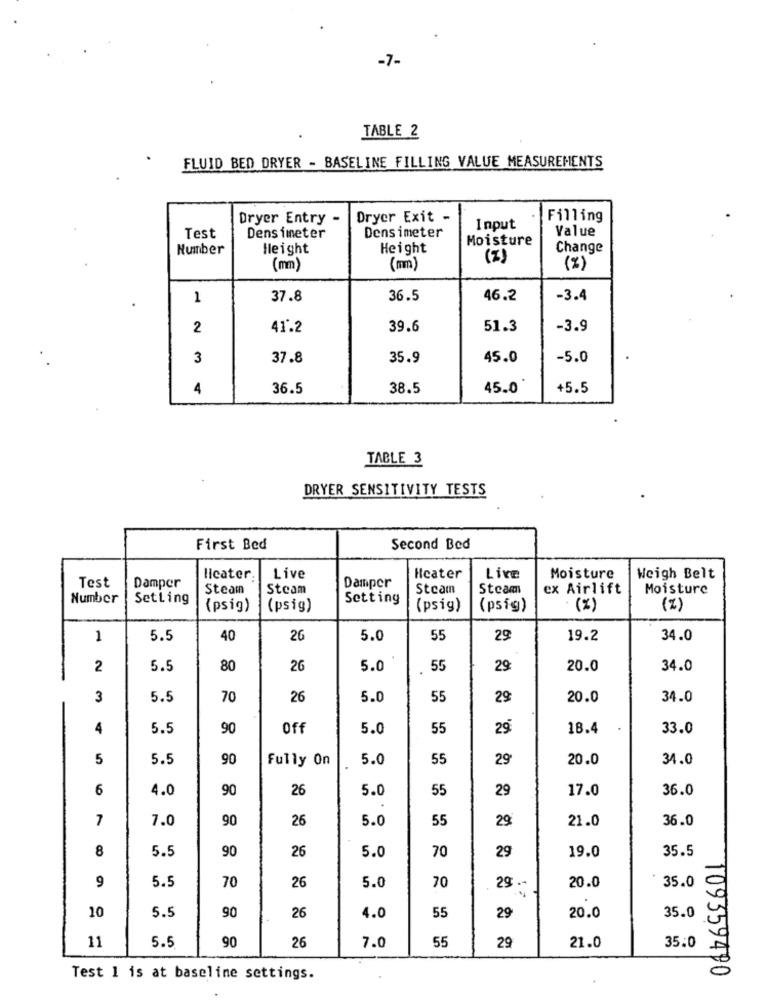
-7-
TABLE 2
FLUID BED DRYER - BASELINE FILLING VALUE MEASUREMENTS
Dryer Entry
Dryer Exit -
Filling
Densimeter
Input
Value
Test
Densimeter
Moisture
Number
lleight
Height
Change
(Z)
(mm)
(mm)
(%)
1
37.8
36.5
46.2
-3.4
2
41.2
39.6
51.3
-3.9
3
37.8
35.9
45.0
-5.0
4
36.5
38.5
45.0
+5.5
TABLE 3
DRYER SENSITIVITY TESTS
First Bed
Second Bed
Test
licater.
Live
Heater
Live
Moisture
Weigh Belt
Damper
Steam
Steam
Damper
Steam
Steam
ex Airlift
Moisture
Number
Setting
Setting
(psig)
(psig)
(psig)
(psig)
(%)
(%)
1
5.5
40
26
5.0
55
29
19.2
34.0
2
5.5
80
26
5.0
55
29
20.0
34.0
3
5.5
70
26
5.0
55
29
20.0
34.0
4
5.5
90
Off
5.0
55
29
18.4
33.0
5
5.5
90
Fully On
5.0
55
29
20.0
34.0
6
4.0
90
26
5.0
55
29
17.0
36.0
7
7.0
90
26
5.0
55
29
21.0
36.0
8
5.5
90
26
70
29
35.5
5.0
19.0
5.5
70
70
29 .-
35.0
9
26
5.0
20.0
90
26
55
35.0
10
5.5
4.0
29
20.0
11
5.5
90
26
7.0
55
29
35:0
21.0
109359490
Test 1 is at baseline settings.